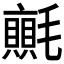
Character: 𭯬